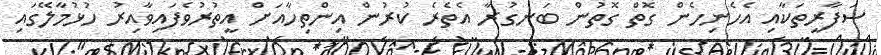
ސަފާރީތަކާއި އެހެނިހެން ގޮތް ގޮތުން ބަނގުރާ އެތެރެ ކުރުން އިންތިހާއަށް އީތުރުވެފައިވާއިރު ހުޅުމާލޭގައި